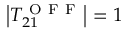
\left| T _ { 2 1 } ^ { \mathrm { ~ O ~ F ~ F ~ } } \right| = 1